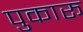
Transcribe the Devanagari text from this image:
पुकारू